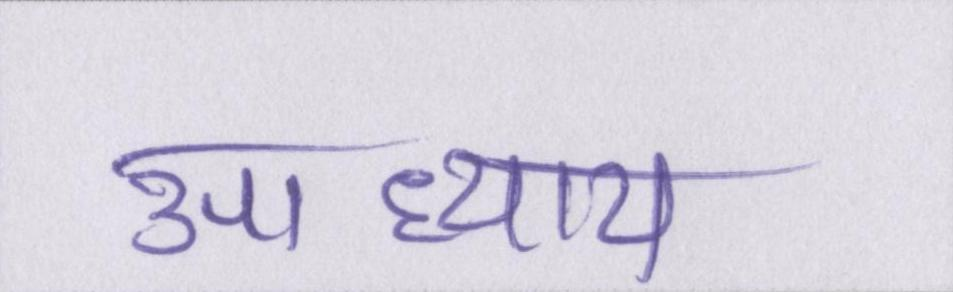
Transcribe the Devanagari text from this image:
उपाध्याय